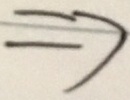
\Rightarrow